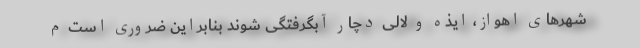
شهرهای اهواز، ایذه و لالی دچار آبگرفتگی شوند بنابراین ضروری است م